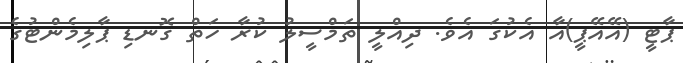
ޕާޓީ (އޭއޭޕީ)އާ އެކުގަ އެވެ. ދިއްލީ ތަމްސީލު ކުރާ ހަތް ގޮނޑި ޕާލިމެންޓުގެ